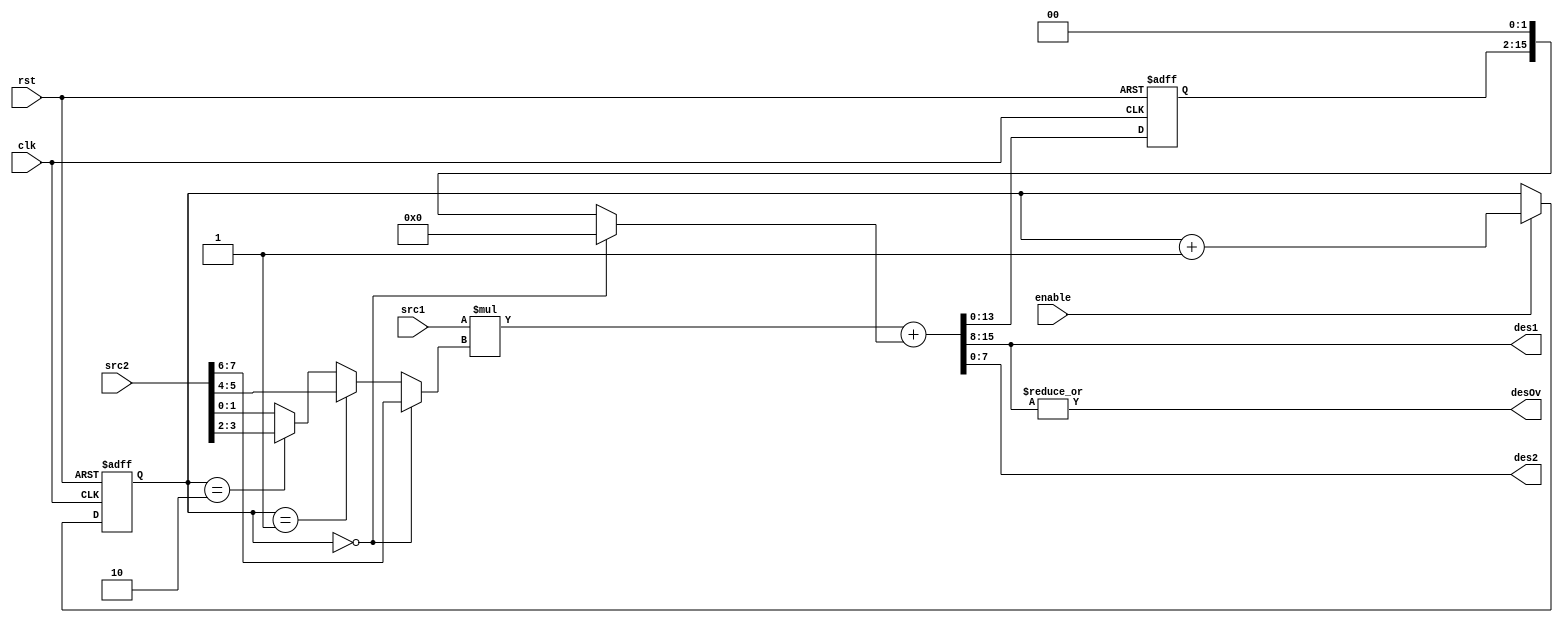
//////////////////////////////////////////////////////////////////////
//// 								  ////
//// multiply for 8051 Core 				  	  ////
//// 								  ////
//// This file is part of the 8051 cores project 		  ////
//// http://www.opencores.org/cores/8051/ 			  ////
//// 								  ////
//// Description 						  ////
//// Implementation of multipication used in alu.v 		  ////
//// 								  ////
//// To Do: 							  ////
////  Nothing							  ////
//// 								  ////
//// Author(s): 						  ////
//// - Simon Teran, simont@opencores.org 			  ////
//// - Marko Mlinar, markom@opencores.org 			  ////
//// 								  ////
//////////////////////////////////////////////////////////////////////
//// 								  ////
//// Copyright (C) 2001 Authors and OPENCORES.ORG 		  ////
//// 								  ////
//// This source file may be used and distributed without 	  ////
//// restriction provided that this copyright statement is not 	  ////
//// removed from the file and that any derivative work contains  ////
//// the original copyright notice and the associated disclaimer. ////
//// 								  ////
//// This source file is free software; you can redistribute it   ////
//// and/or modify it under the terms of the GNU Lesser General   ////
//// Public License as published by the Free Software Foundation; ////
//// either version 2.1 of the License, or (at your option) any   ////
//// later version. 						  ////
//// 								  ////
//// This source is distributed in the hope that it will be 	  ////
//// useful, but WITHOUT ANY WARRANTY; without even the implied   ////
//// warranty of MERCHANTABILITY or FITNESS FOR A PARTICULAR 	  ////
//// PURPOSE. See the GNU Lesser General Public License for more  ////
//// details. 							  ////
//// 								  ////
//// You should have received a copy of the GNU Lesser General 	  ////
//// Public License along with this source; if not, download it   ////
//// from http://www.opencores.org/lgpl.shtml 			  ////
//// 								  ////
//////////////////////////////////////////////////////////////////////
//
// CVS Revision History
//
// $Log: not supported by cvs2svn $
// Revision 1.8  2002/09/30 17:33:59  simont
// prepared header
//
//
// ver: 2 markom
// changed to two cycle multiplication, to save resources and
// increase speed
//
// ver: 3 markom
// changed to four cycle multiplication, to save resources and
// increase speed
 
// synopsys translate_off
//`include "oc8051_timescale.v"
// synopsys translate_on
 
 
module oc8051_multiply (clk, rst, enable, src1, src2, des1, des2, desOv);
//
// this module is part of alu
// clk          (in)
// rst          (in)
// enable       (in)
// src1         (in)  first operand
// src2         (in)  second operand
// des1         (out) first result
// des2         (out) second result
// desOv        (out) Overflow output
//
 
input clk, rst, enable;
input [7:0] src1, src2;
output desOv;
output [7:0] des1, des2;
 
// wires
wire [15:0] mul_result1, mul_result, shifted;
 
// real registers
reg [1:0] cycle;
reg [15:0] tmp_mul;
 
assign mul_result1 = src1 * (cycle == 2'h0 ? src2[7:6] 
                           : cycle == 2'h1 ? src2[5:4]
                           : cycle == 2'h2 ? src2[3:2]
                           : src2[1:0]);
 
assign shifted = (cycle == 2'h0 ? 16'h0 : {tmp_mul[13:0], 2'b00});
assign mul_result = mul_result1 + shifted;
assign des1 = mul_result[15:8];
assign des2 = mul_result[7:0];
assign desOv = | des1;
 
always @(posedge clk or posedge rst)
begin
  if (rst) begin
    cycle <= #1 2'b0;
    tmp_mul <= #1 16'b0;
  end else begin
    if (enable) cycle <= #1 cycle + 2'b1;
    tmp_mul <= #1 mul_result;
  end
end
 
endmodule